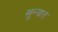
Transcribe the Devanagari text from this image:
खुन्यात